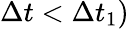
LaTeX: \Delta t<\Delta t_{1})